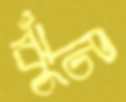
ঝুঁটি